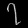
Digit: ၇